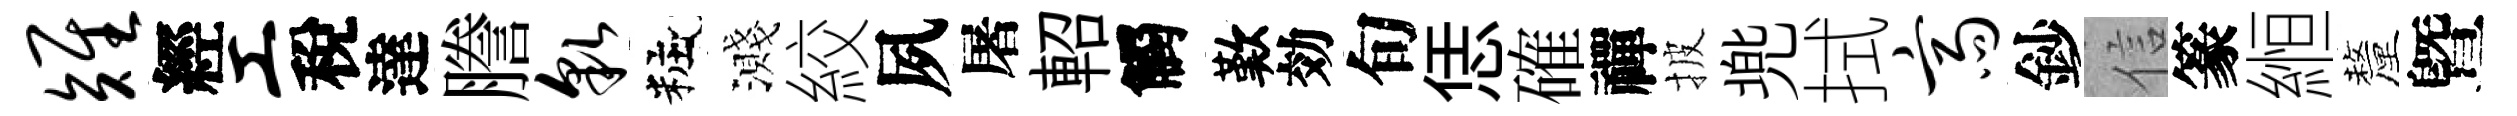
雉經工稅達謄貌粧濺絞夙屠軺觸歎効旬恁確禪披兠拭斋鈔信篆縆釐曁